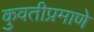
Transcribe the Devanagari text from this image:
कुवतीप्रमाणे